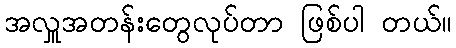
အလှူအတန်းတွေလုပ်တာ ဖြစ်ပါ တယ်။